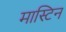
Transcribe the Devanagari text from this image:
मास्टिन